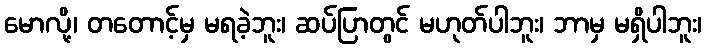
မောလို့၊ တတောင့်မှ မရခဲ့ဘူး၊ ဆပ်ပြာတွင် မဟုတ်ပါဘူး၊ ဘာမှ မရှိပါဘူး၊